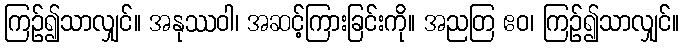
ကြဉ်၍သာလျှင်။ အနုဿဝါ၊ အဆင့်ကြားခြင်းကို။ အညတြ ဧဝ၊ ကြဉ်၍သာလျှင်။